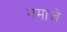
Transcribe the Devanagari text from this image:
नमाजे